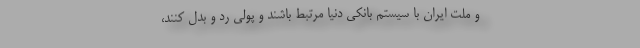
و ملت ایران با سیستم بانکی دنیا مرتبط باشند و پولی رد و بدل کنند،